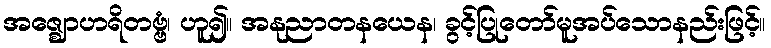
အဇ္ဈောဟရိတဗ္ဗံ၊ ဟူ၍။ အနုညာတနယေန၊ ခွင့်ပြုတော်မူအပ်သောနည်းဖြင့်။